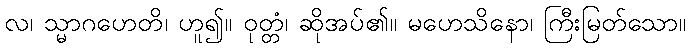
လ၊ သ္မာဂဟေတိ၊ ဟူ၍။ ဝုတ္တံ၊ ဆိုအပ်၏။ မဟေသိနော၊ ကြီးမြတ်သော။